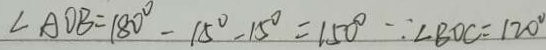
\angle A O B = 1 8 0 ^ { \circ } - 1 5 ^ { \circ } - 1 5 ^ { \circ } = 1 5 0 ^ { \circ } \because \angle B O C = 1 2 0 ^ { \circ }